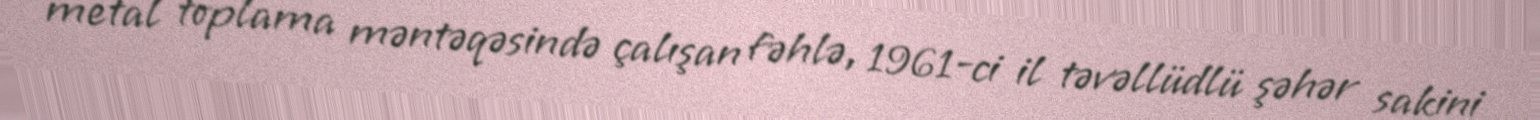
metal toplama məntəqəsində çalışan fəhlə, 1961-ci il təvəllüdlü şəhər sakini